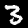
Digit: 3